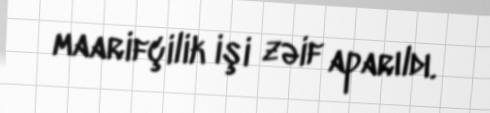
maarifçilik işi zəif aparıldı.